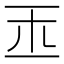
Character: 𤣪